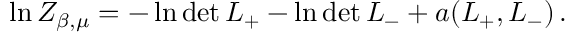
\ln Z _ { \beta , \mu } = - \ln \operatorname * { d e t } L _ { + } - \ln \operatorname * { d e t } L _ { - } + a ( L _ { + } , L _ { - } ) \, .